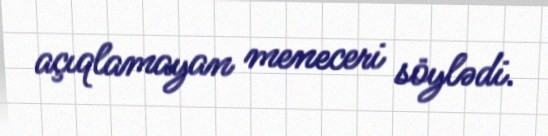
açıqlamayan meneceri söylədi.